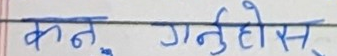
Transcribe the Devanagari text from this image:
कन, गर्नु होस्